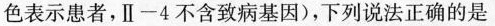
色表示患者，Ⅱ-4不含致病基因)，下列说法正确的是